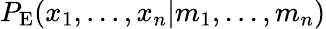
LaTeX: P_{\mathrm{E}}(x_{1},...,x_{n}\vert m_{1},...,m_{n})